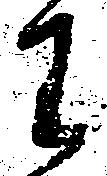
王